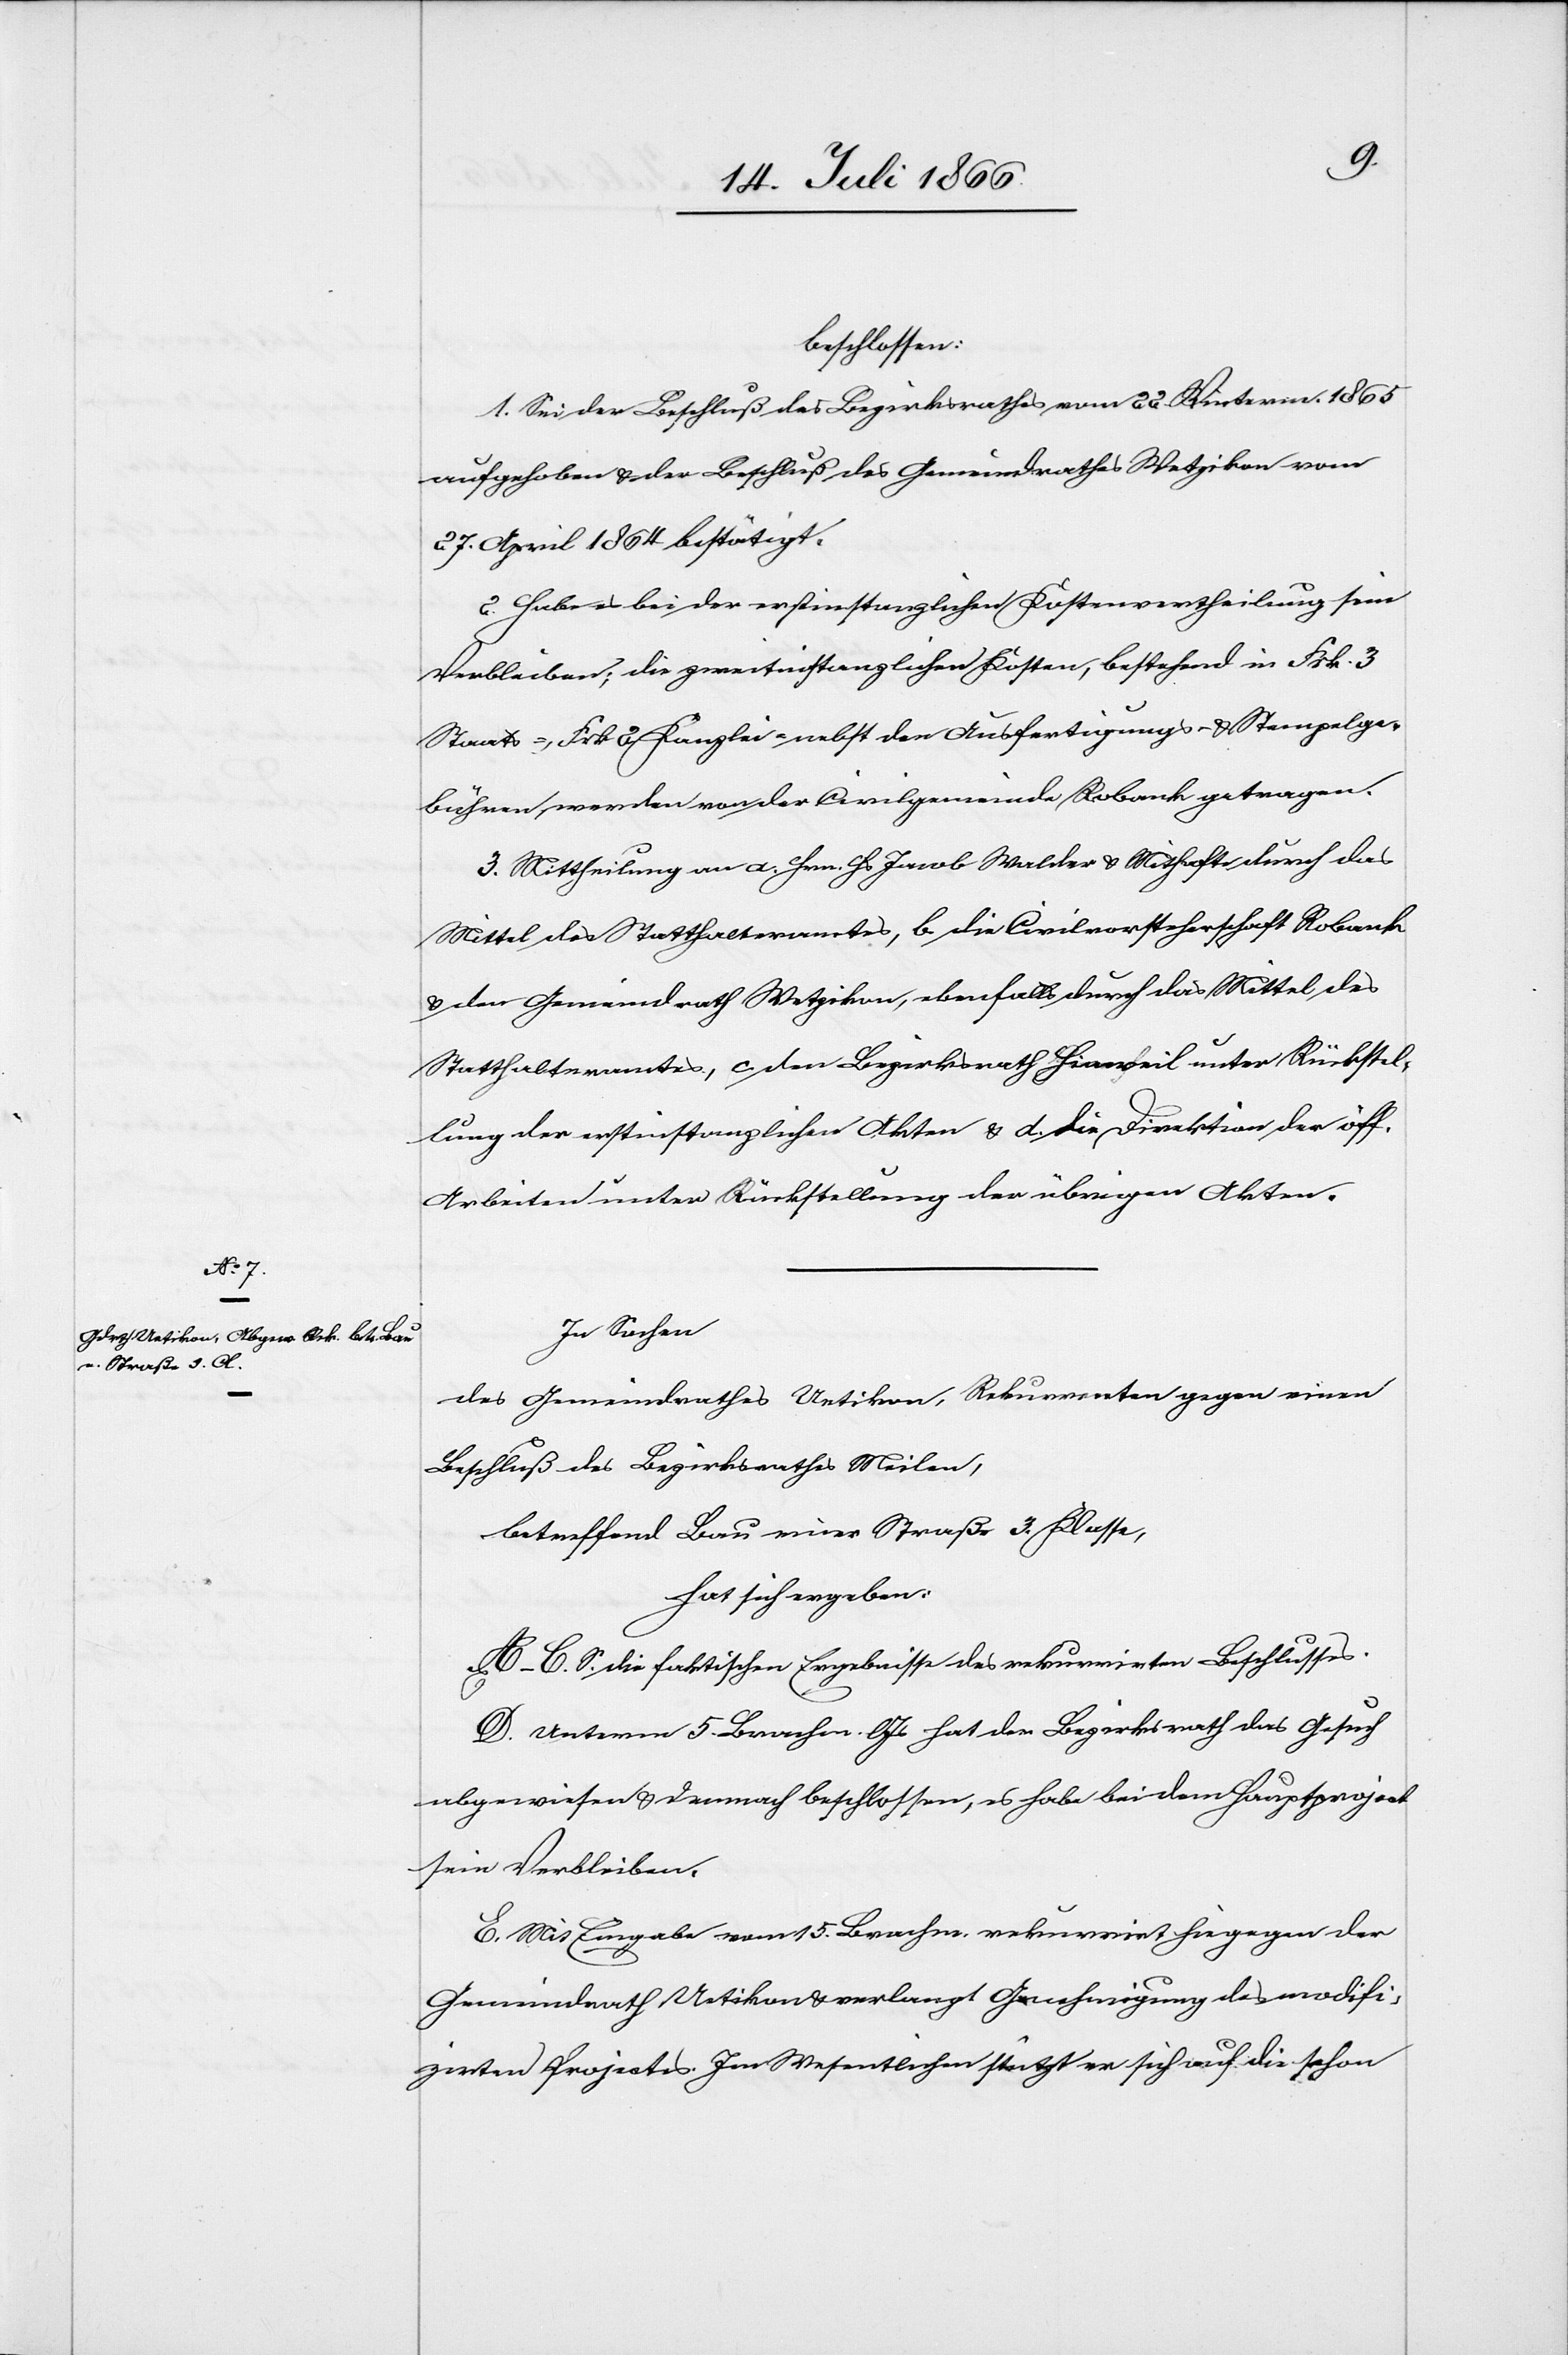
beschlossen:
1. Sei der Beschluss des Bezirksrathes vom 22. Winterm. 1865
aufgehoben u. der Beschluß des Gemeindrathes Wetzikon vom
27. April 1864 bestätigt.
2. Habe es bei der erstinstanzlichen Kostenvertheilung sein
Verbleiben; die zweitinstanzlichen Kosten, bestehend in Frk. 3
Staats- u. Frk. 2 Kanzlei- nebst den Ausfertigungs- u. Stempelge¬
bühren, werden von der Civilgemeinde Robank getragen.
3. Mittheilung an a. Hrn. Hs. Jacob Walder u. Mithafte durch das
Mittel des Statthalteramtes, b. die Civilvorsteherschaft Robank
u. den Gemeindrath Wetzikon, ebenfalls durch das Mittel des
Statthalteramtes, c. den Bezirksrath Hinweil unter Rückstel¬
lung der erstinstanzlichen Akten u. die Direktion der öff.
Arbeiten unter Rückstellung der übrigen Akten.
In Sachen
des Gemeindrathes Uetikon, Rekurrenten gegen einen
Beschluß des Bezirksrathes Meilen,
betreffend Bau einer Straße 3. Klasse,
hat sich ergeben:
A–C. S. die faktischen Ergebnisse des rekurrirten Beschlusses.
D. Unterm 5. Brachm. l. Js. hat der Bezirksrath das Gesuch
abgewiesen u. demnach beschlossen, es habe bei dem Hauptprojekt
sein Verbleiben.
E. Mit Eingabe vom 15. Brachm. rekurrirte hingegen der
Gemeindrath Uetikon u. verlangt Genehmigung des modifi¬
zirten Projektes. Im Wesentlichen stützt er sich auf die schon